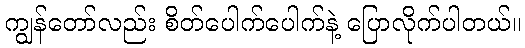
ကျွန်တော်လည်း စိတ်ပေါက်ပေါက်နဲ့ ပြောလိုက်ပါတယ်။